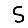
Digit: 5